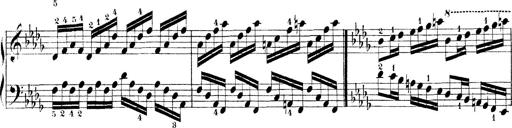
Title: Technische Studien
Composer: Franz Liszt